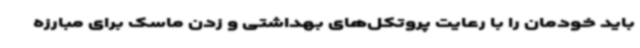
باید خودمان را با رعایت پروتکل‌های بهداشتی و زدن ماسک برای مبارزه